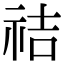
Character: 祮